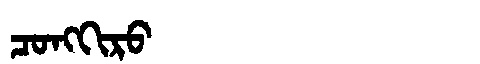
Manchu: ᠴᠣᠩᡴᡳᡵᠣ
Romanization: CONGKIRO